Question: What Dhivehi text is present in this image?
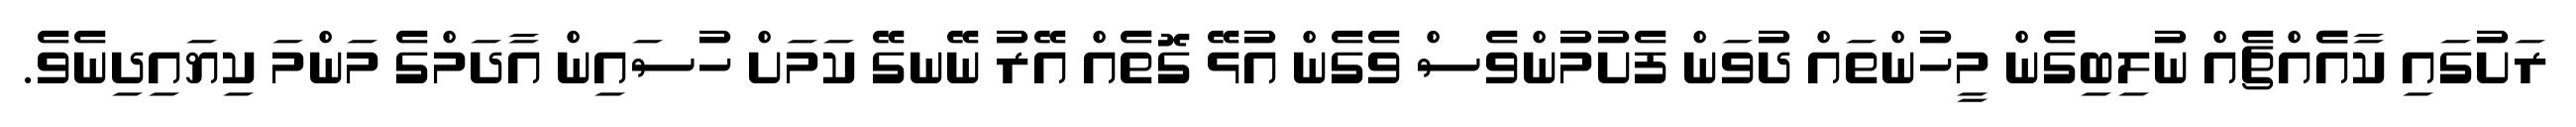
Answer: ރަށުގައި ކާއެެއްޗެއް ނުލިބިގެން މީހުންތައް ދުވަން ފެށުމުންވެސް ވެގެން އުޅޭ ގޮތެއް އޭރު ނޭނގޭ ކަމަށް ހުސައިން އާދަމްގެ މަންމަ ކިޔައިދިނެވެ.